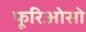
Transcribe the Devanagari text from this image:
फूरिओसो